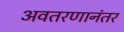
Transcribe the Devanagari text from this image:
अवतरणानंतर